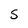
Character: S